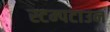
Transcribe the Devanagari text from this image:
स्टम्पटाउन